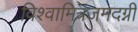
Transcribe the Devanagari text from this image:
विश्वामित्रजमदग्नी